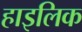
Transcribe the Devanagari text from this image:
हाइलिक